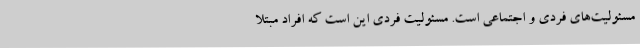
مسئولیت‌های فردی و اجتماعی است. مسئولیت فردی این است که افراد مبتلا